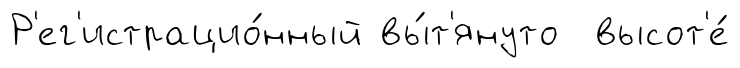
Р'ег'истрацио́нный вы́т'януто высот'е́